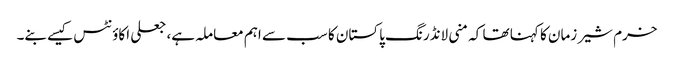
خرم شیر زمان کا کہنا تھا کہ منی لانڈرنگ پاکستان کا سب سے اہم معاملہ ہے، جعلی اکاؤنٹس کیسے بنے۔